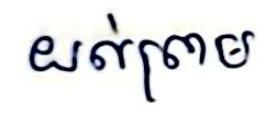
យល់ព្រម